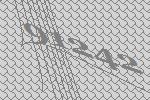
91242